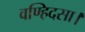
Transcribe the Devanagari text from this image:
वण्हिदसा।